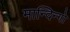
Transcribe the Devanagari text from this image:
मान्दिन्गो